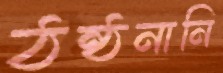
ঠন্‌ঠনানি